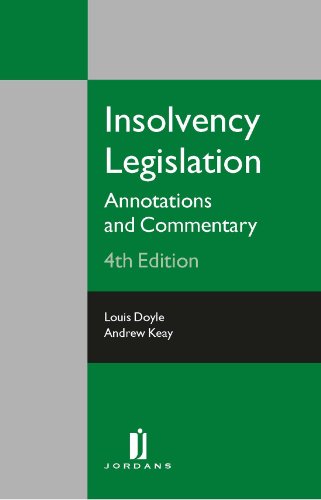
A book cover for Insolvency Legislation: Annotation and Commentary (Fourth Edition); Louis Doyle; Law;